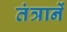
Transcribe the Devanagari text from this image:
तंत्रानें